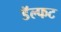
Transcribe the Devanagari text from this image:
डॅल्फट